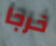
خرجا